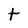
Character: t